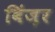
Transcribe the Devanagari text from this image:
विंज़र